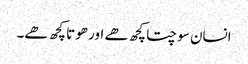
انسان سوچتا کچھ ھے اور ھوتا کچھ ھے۔